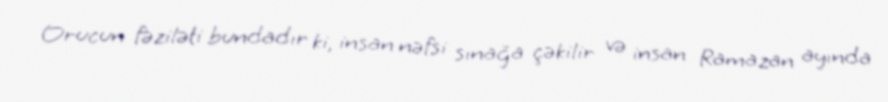
Orucun fəziləti bundadır ki, insan nəfsi sınağa çəkilir və insan Ramazan ayında